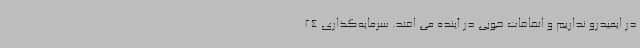
در ایمیدرو نداریم و اتفاقات خوبی در آینده می افتد. سرمایه‌گذاری 24